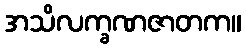
အသိလက္ခဏဇာတက။